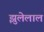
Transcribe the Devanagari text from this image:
झुलेलाल